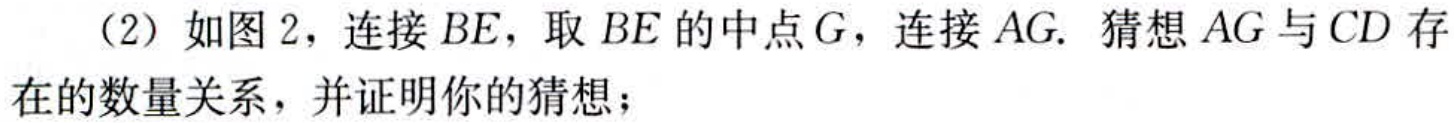
（2）如图 2，连接 \(BE\)，取 \(BE\) 的中点 \(G\)，连接 \(AG\). 猜想 \(AG\) 与 \(CD\) 存在的数量关系，并证明你的猜想；